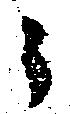
々